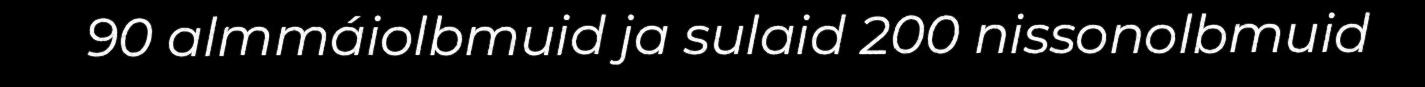
90 almmáiolbmuid ja sulaid 200 nissonolbmuid